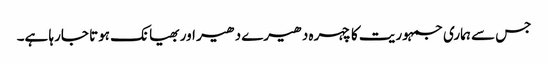
جس سے ہماری جمہوریت کا چہرہ دھیرے دھیر اور بھیانک ہوتا جارہا ہے۔